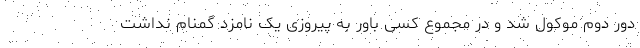
دور دوم موکول شد و در مجموع کسی باور به پیروزی یک نامزد گمنام نداشت